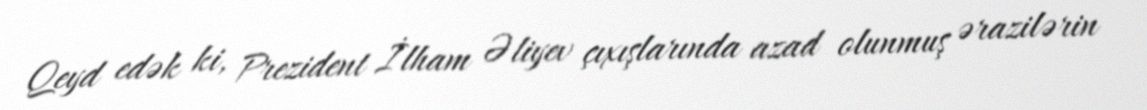
Qeyd edək ki, Prezident İlham Əliyev çıxışlarında azad olunmuş ərazilərin